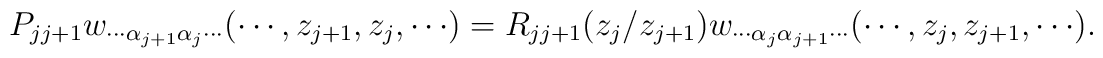
P_{j j+1}w_{\cdots \alpha_{j+1} \alpha_j \cdots} (\cdots,z_{j+1},z_j,\cdots)=R_{j j+1}(z_j/z_{j+1})w_{\cdots \alpha_j \alpha_{j+1} \cdots}(\cdots,z_j,z_{j+1},\cdots).